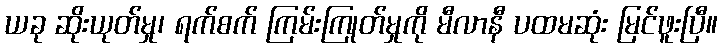
ယခု ဆိုးယုတ်မှု၊ ရက်စက် ကြမ်းကြုတ်မှုကို မီလာနီ ပထမဆုံး မြင်ဖူးပြီ။